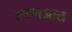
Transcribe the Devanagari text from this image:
अल्नजात